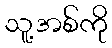
သူ့အစ်ကို